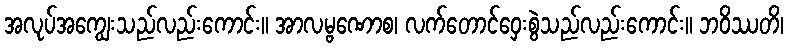
အလုပ်အကျွေးသည်လည်းကောင်း။ အာလမ္ဗဏောစ၊ လက်တောင်ဝှေးစွဲသည်လည်းကောင်း။ ဘဝိဿတိ၊